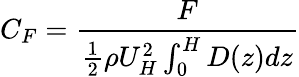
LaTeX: C_{F}=\frac{F}{\frac{1}{2}\rho U_{H}^{2}\int_{0}^{H}D(z)dz}